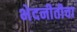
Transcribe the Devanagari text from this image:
भेदनीतीचा